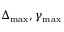
\Delta _ { \mathrm { m a x } } , \gamma _ { \mathrm { m a x } }